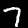
Digit: 7